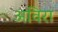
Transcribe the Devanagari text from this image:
अविरा